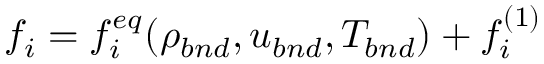
\begin{array} { r } { f _ { i } = f _ { i } ^ { e q } ( \rho _ { b n d } , u _ { b n d } , T _ { b n d } ) + f _ { i } ^ { ( 1 ) } } \end{array}